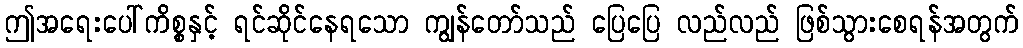
ဤအရေးပေါ်ကိစ္စနှင့် ရင်ဆိုင်နေရသော ကျွန်တော်သည် ပြေပြေ လည်လည် ဖြစ်သွားစေရန်အတွက်